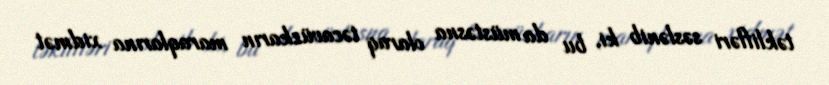
təklifləri səslənib ki, bu da müstəsna olaraq təcavüzkarın maraqlarına xidmət